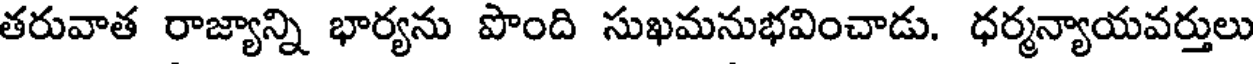
తరువాత రాజ్యాన్ని భార్యను పొంది సుఖమనుభవించాడు. ధర్మన్యాయవర్తులు